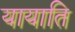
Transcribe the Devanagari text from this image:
यायाति